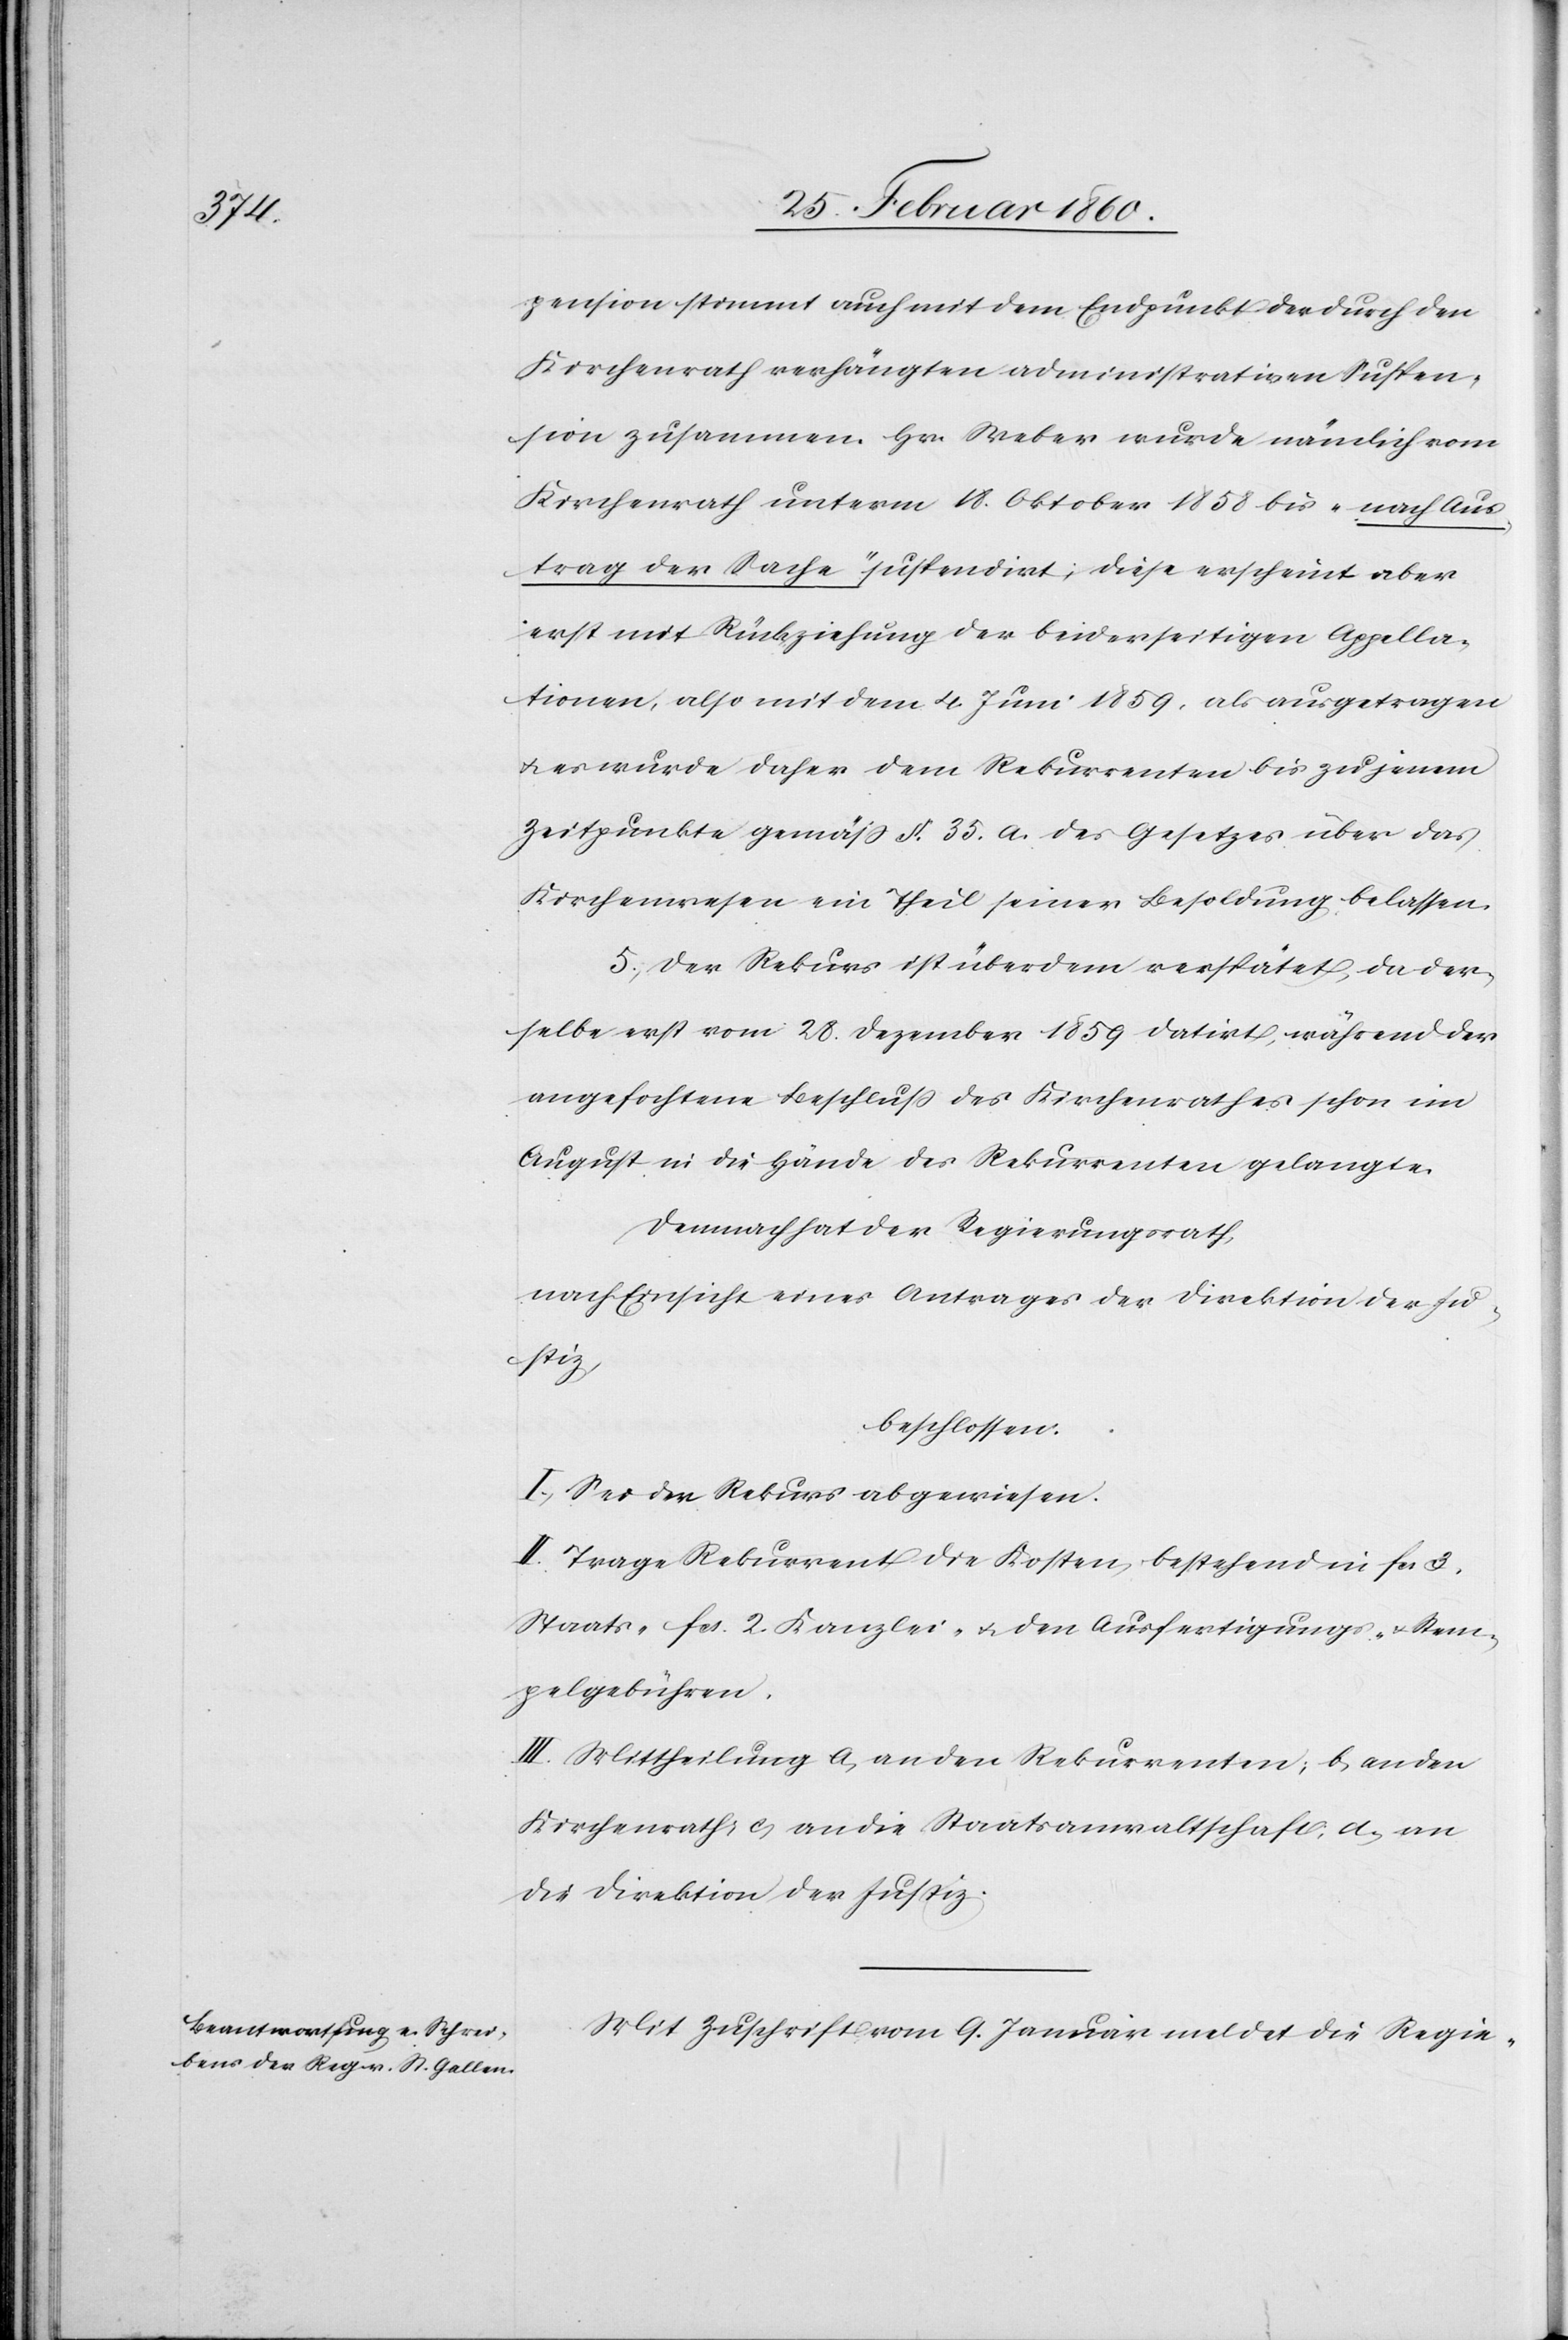
pension stimmt auch mit dem Endpunkt der durch den
Kirchenrath verhängten administrativen Suspen¬
sion zusammen. Hr. Weber wurde nämlich vom
Kirchenrath unterm 18. Oktober 1858 bis „nach Aus¬
trag der Sache“ suspendirt; diese erscheint aber
erst mit Rückziehung der beiderseitigen Appella¬
tionen, also mit dem 4. Juni 1859, als ausgetragen
u. es wurde daher dem Rekurrenten bis zu jenem
Zeitpunkte gemäss §. 35. a. des Gesetzes über das
Kirchenwesen ein Theil seiner Besoldung belassen.
5. Der Rekurs ist überdem verspätet, da der¬
selbe erst vom 28. Dezember 1859 datirt, während der
angefochtene Beschluss des Kirchenrathes schon im
August in die Hände des Rekurrenten gelangte.
Demnach hat der Regierungsrath,
nach Einsicht eines Antrages der Direktion der Ju¬
stiz,
beschlossen:
I. Sei der Rekurs abgewiesen.
II. Trage Rekurrent die Kosten, bestehend in fcs. 3.
Staats- fcs. 2. Kanzlei- u. den Ausfertigungs- u. Stem¬
pelgebühren.
III. Mittheilung a. an den Rekurrenten; b. an den
Kirchenrath; c. an die Staatsanwaltschaft, d. an
die Direktion der Justiz.
Mit Zuschrift vom 9. Januar meldet die Regie-